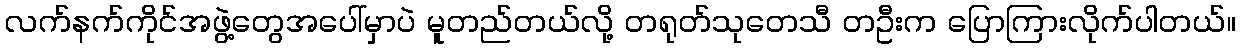
လက်နက်ကိုင်အဖွဲ့တွေအပေါ်မှာပဲ မူတည်တယ်လို့ တရုတ်သုတေသီ တဦးက ပြောကြားလိုက်ပါတယ်။